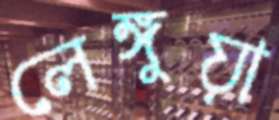
লেঙ্গুয়া